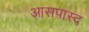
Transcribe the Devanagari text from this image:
आसपास्द